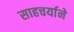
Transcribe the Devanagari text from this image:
साहचर्याने